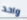
واحد